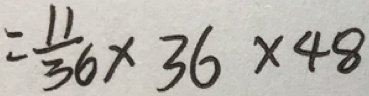
= \frac { 1 1 } { 3 6 } \times 3 6 \times 4 8